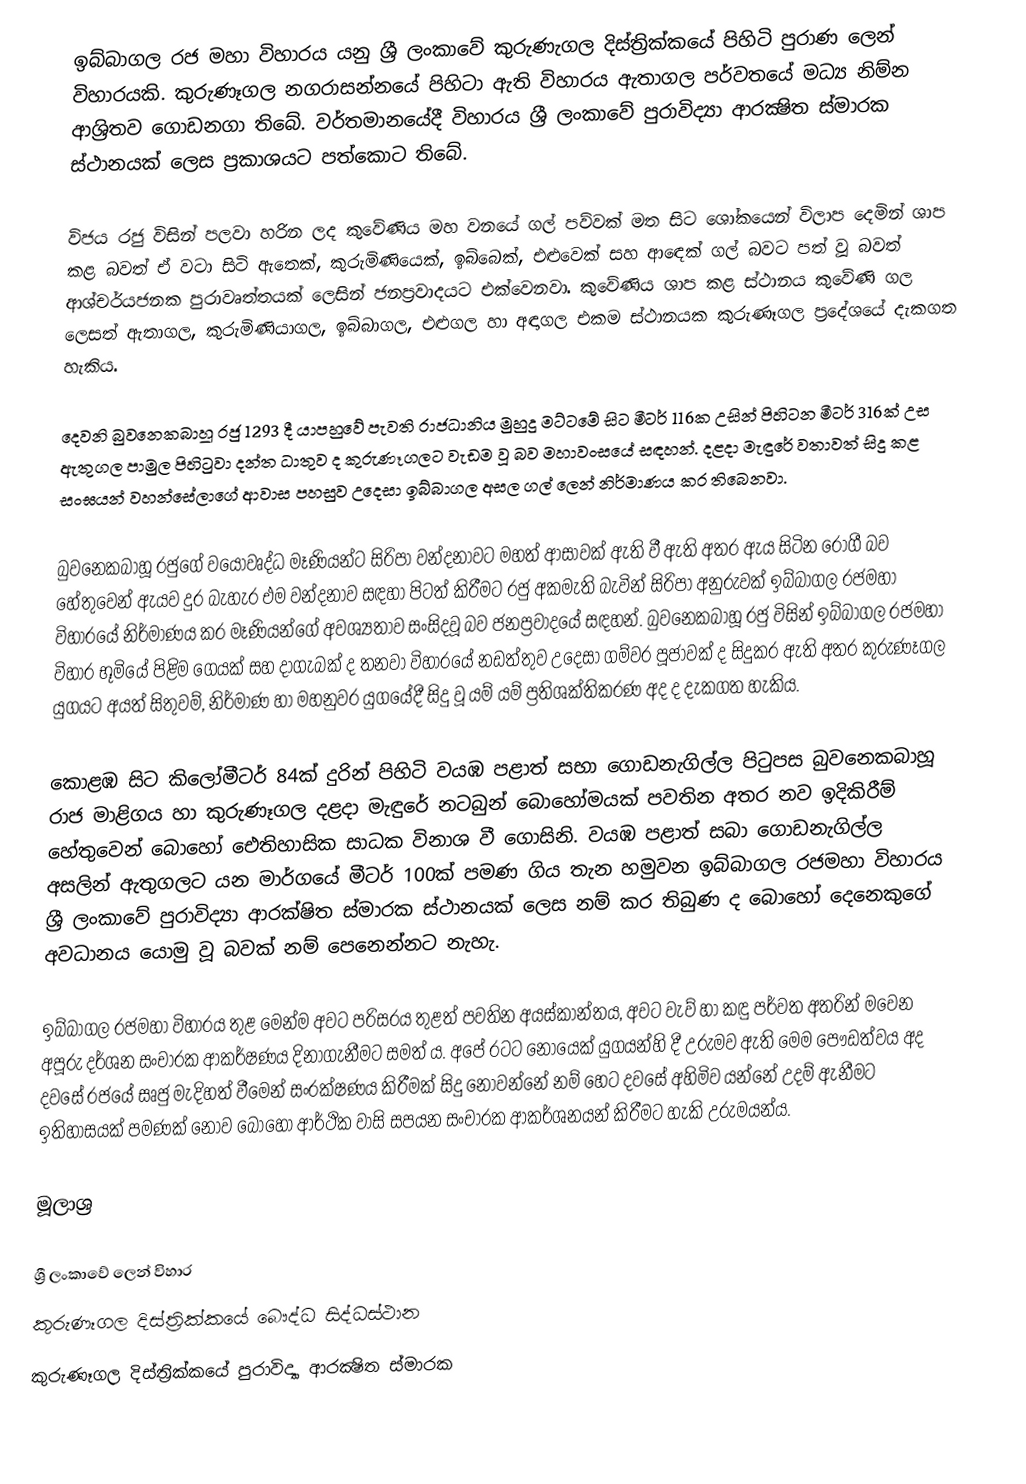
ඉබ්බාගල රජ මහා විහාරය යනු ශ්‍රී ලංකාවේ කුරුණැගල දිස්ත්‍රික්කයේ පිහිටි පුරාණ ලෙන් විහාරයකි. කුරුණෑගල නගරාසන්නයේ පිහිටා ඇති විහාරය ඇතාගල පර්වතයේ මධ්‍ය නිම්න ආශ්‍රිතව ගොඩනගා තිබේ. වර්තමානයේදී විහාරය ශ්‍රී ලංකාවේ පුරාවිද්‍යා ආරක්‍ෂිත ස්මාරක ස්ථානයක් ලෙස ප්‍රකාශයට පත්කොට තිබේ.

   විජය රජු විසින් පලවා හරින ලද කුවේණිය මහ වනයේ ගල් පව්වක් මත සිට ශෝකයෙන් විලාප දෙමින් ශාප කළ බවත් ඒ වටා සිටි ඇතෙක්, කුරුමිණියෙක්, ඉබ්බෙක්, එළුවෙක් සහ ආඳෙක් ගල් බවට පත් වූ බවත් ආශ්චර්යජනක පුරාවෘත්තයක් ලෙසින් ජනප්‍රවාදයට එක්වෙනවා. කුවේණිය ශාප කළ ස්ථානය කුවේණි ගල ලෙසත් ඇතාගල, කුරුමිණියාගල, ඉබ්බාගල, එළුගල හා අඳාගල එකම ස්ථානයක කුරුණෑගල ප්‍රදේශයේ දැකගත හැකිය.

   දෙවනි බුවනෙකබාහූ රජු 1293 දී යාපහුවේ පැවති රාජධානිය මුහුදු මට්ටමේ සිට මීටර් 116ක උසින් පිහිටන මීටර් 316ක් උස ඇතුගල පාමුල පිහිටුවා දන්ත ධාතුව ද කුරුණෑගලට වැඩම වූ බව මහාවංසයේ සඳහන්. දළදා මැඳුරේ වතාවත් සිදු කළ සංඝයන් වහන්සේලාගේ ආවාස පහසුව උදෙසා ඉබ්බාගල අසල ගල් ලෙන් නිර්මාණය කර තිබෙනවා.

   බුවනෙකබාහූ රජුගේ වයෝවෘද්ධ මෑණියන්ට සිරිපා වන්දනාවට මහත් ආසාවක් ඇති වී ඇති අතර ඇය සිටින රෝගී බව හේතුවෙන් ඇයව දුර බැහැර එම වන්දනාව සඳහා පිටත් කිරීමට රජු අකමැති බැවින් සිරිපා අනුරුවක් ඉබ්බාගල රජමහා විහාරයේ නිර්මාණය කර මෑණියන්ගේ අවශ්‍යතාව සංසිදවූ බව ජනප්‍රවාදයේ සඳහන්. බුවනෙකබාහූ රජු විසින් ඉබ්බාගල රජමහා විහාර භූමියේ පිළිම ගෙයක් සහ දාගැබක් ද තනවා විහාරයේ නඩත්තුව උදෙසා ගම්වර පූජාවක් ද සිදුකර ඇති අතර කුරුණෑගල යුගයට අයත් සිතුවම්, නිර්මාණ හා මහනුවර යුගයේදී සිදු වූ යම් යම් ප්‍රතිශක්තිකරණ අද ද දැකගත හැකිය.

   කොළඹ සිට කිලෝමීටර් 84ක් දුරින් පිහිටි වයඹ පළාත් සභා ගොඩනැගිල්ල පිටුපස බුවනෙකබාහූ රාජ මාළිගය හා කුරුණෑගල දළදා මැඳුරේ නටබුන් බොහෝමයක් පවතින අතර නව ඉදිකිරීම් හේතුවෙන් බොහෝ ඓතිහාසික සාධක විනාශ වී ගොසිනි. වයඹ පළාත් සබා ගොඩනැගිල්ල අසලින් ඇතුගලට යන මාර්ගයේ මීටර් 100ක් පමණ ගිය තැන හමුවන ඉබ්බාගල රජමහා විහාරය ශ්‍රී ලංකාවේ පුරාවිද්‍යා ආරක්ෂිත ස්මාරක ස්ථානයක් ලෙස නම් කර තිබුණ ද බොහෝ දෙනෙකුගේ අවධානය යොමු වූ බවක් නම් පෙනෙන්නට නැහැ.

   ඉබ්බාගල රජමහා විහාරය තුළ මෙන්ම අවට පරිසරය තුළත් පවතින අයස්කාන්තය, අවට වැව් හා කඳු පර්වත අතරින් මවෙන අපූරු දර්ශන සංචාරක ආකර්ෂණය දිනාගැනීමට සමත් ය. අපේ රටට නොයෙක් යුගයන්හි දී උරුමව ඇති මෙම පෞඩත්වය අද දවසේ රජයේ සෘජු මැදිහත් වීමෙන් සංරක්ෂණය කිරීමක් සිදු නොවන්නේ නම් හෙට දවසේ අහිමිව යන්නේ උදම් ඇනීමට ඉතිහාසයක් පමණක් නොව බොහෝ ආර්ථික වාසි සපයන සංචාරක ආකර්ශනයන් කිරීමට හැකි උරුමයන්ය.

මූලාශ්‍ර

ශ්‍රී ලංකාවේ ලෙන් විහාර
කුරුණෑගල දිස්ත්‍රික්කයේ බෞද්ධ සිද්ධස්ථාන‎
කුරුණෑගල දිස්ත්‍රික්කයේ පුරාවිද්‍යා ආරක්‍ෂිත ස්මාරක